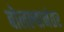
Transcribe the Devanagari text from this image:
बोलल्यानंतर